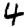
Digit: 4